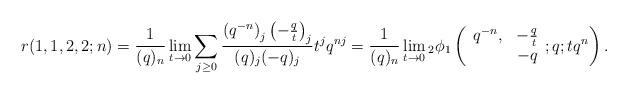
LaTeX: \begin{align*}r(1,1,2,2;n) & = \frac{1}{(q)_n}\lim_{t \rightarrow 0} \sum_{j\geq0} \frac{\left(q^{-n}\right)_j \left(-\frac{q}{t}\right)_j}{(q)_j (-q)_j}t^j q^{nj}=\frac{1}{(q)_n} \lim_{t\rightarrow 0}{}_2\phi_{1}\left(\begin{array}{cc}q^{-n} ,& -\frac{q}{t} \\ & -q \end{array}; q; tq^n \right).\end{align*}